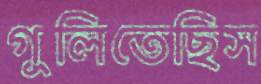
গুলিতেছিস